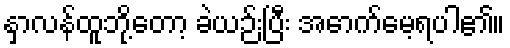
နှာလန်ထူဘို့တော့ ခဲယဉ်းပြီး အောက်မေ့ရပါ၏။